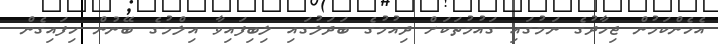
އެހެންކަމުން ޖިހާދުގެ ނަމުގައި ގައުމުތަކަށް ދިއުމުގެ ބަދަލުގައި ލިބިފައިވާ އިލްމުގެ ބޭނުން ހިފައިގެން